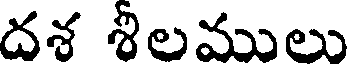
దశ శీలములు